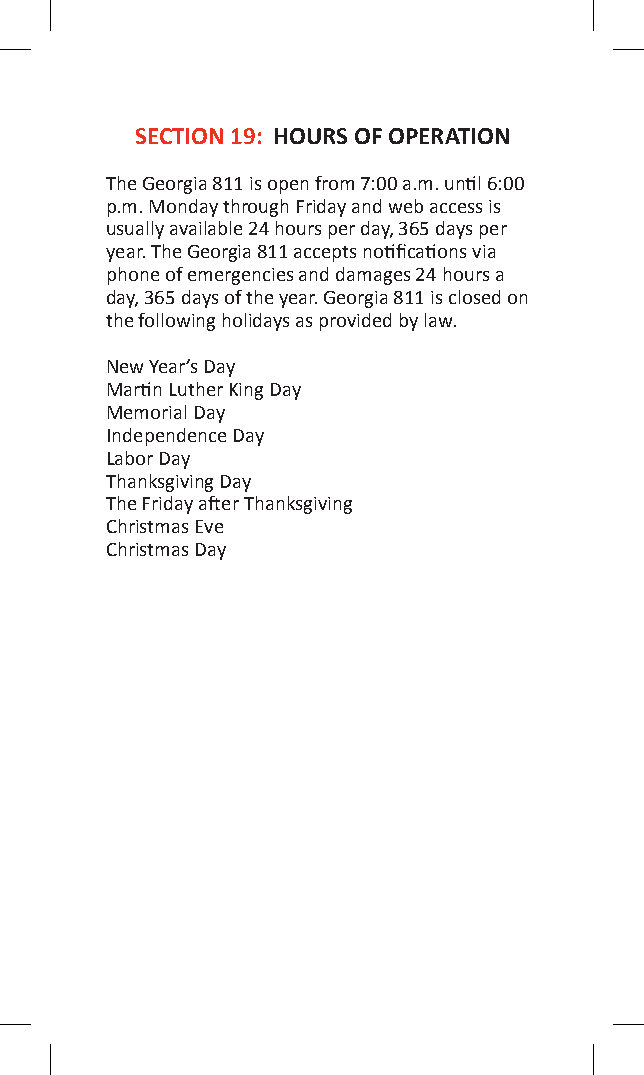
SECTION 19: HOURS OF OPERATION
 The Georgia 811 is open from 7:00 a.m. until 6:00
 p.m. Monday through Friday and web access is
 usually available 24 hours per day, 365 days per
 year. The Georgia 811 accepts notifications via
 phone of emergencies and damages 24 hours a
 day, 365 days of the year. Georgia 811 is closed on
 the following holidays as provided by law.
 New Year’s Day
 Martin Luther King Day
 Memorial Day
 Independence Day
 Labor Day
 Thanksgiving Day
 The Friday after Thanksgiving
 Christmas Eve
 Christmas Day